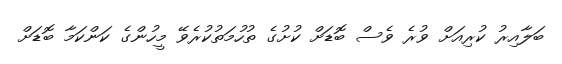
ބަލާއިރު ކުރިއަށް ވުރެ ވެސް ބޮޑަށް ކުށުގެ ތުހުމަތުކުރެވޭ މީހުންގެ ކަންކަމާ ބޮޑަށް